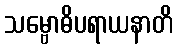
သမ္ဗောဓိပရာယနာတိ